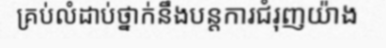
គ្រប់លំដាប់ថ្នាក់នឹងបន្តការជំរុញយ៉ាង